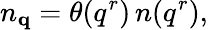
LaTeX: n_{{\mathbf q}}=\theta(q^{r})\, n(q^{r}),